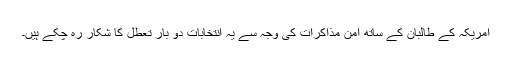
امریکہ کے طالبان کے ساتھ امن مذاکرات کی وجہ سے یہ انتخابات دو بار تعطل کا شکار رہ چکے ہیں۔